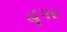
હૂપર